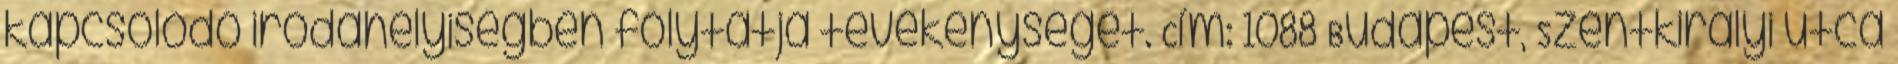
kapcsolódó irodahelyiségben folytatja tevékenységét. Cím: 1088 Budapest, Szentkirályi utca